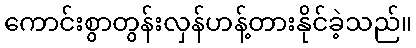
ကောင်းစွာတွန်းလှန်ဟန့်တားနိုင်ခဲ့သည်။